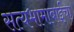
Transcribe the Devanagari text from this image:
सत्यभामाबाईंचा